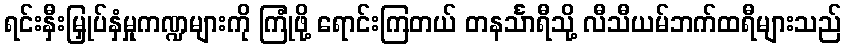
ရင်းနှီးမြှုပ်နှံမှုကဏ္ဍများကို ကြုံဖို့ ရောင်းကြတယ် တနင်္သာရီသို့ လီသီယမ်ဘက်ထရီများသည်